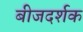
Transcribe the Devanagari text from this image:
बीजदर्शक